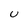
Character: U